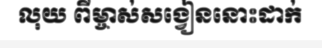
លុយ ពីម្ចាស់សង្វៀននោះដាក់